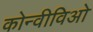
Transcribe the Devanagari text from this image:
कोन्वीविओ